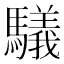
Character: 𲌃